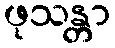
ဖုသန္တာ